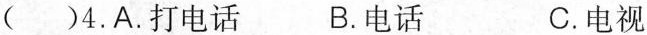
( )4.A.打电话 B.电话 C.电视